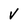
Character: v